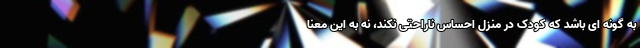
به گونه ای باشد که کودک در منزل احساس ناراحتی نکند، نه به این معنا